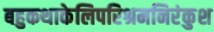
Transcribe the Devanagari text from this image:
बहुकथाकेलिपरिश्रमनिरंकुश